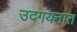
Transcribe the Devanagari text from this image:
उदगयनात